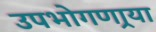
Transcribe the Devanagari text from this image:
उपभोगणार्‍या